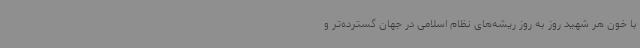
با خون هر شهید روز به روز ریشه‌های نظام اسلامی در جهان گسترده‌تر و